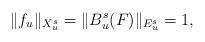
LaTeX: \begin{align*}\|f_u\|_{X_u^s} = \|B_u^s(F)\|_{E_{u}^s}=1,\end{align*}